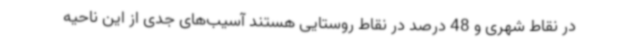
در نقاط شهری و 48 درصد در نقاط روستایی هستند آسیب‌های جدی از این ناحیه